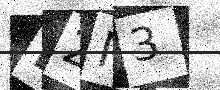
Text: NZM3